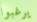
يرغبوا